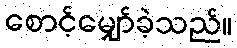
စောင့်မျှော်ခဲ့သည်။